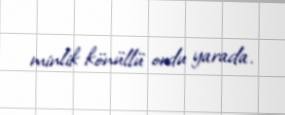
minlik könüllü ordu yarada.